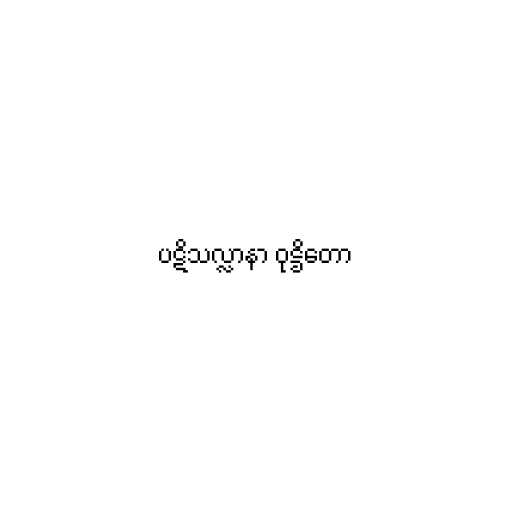
ပဋိသလ္လာနာ ဝုဋ္ဌိတော